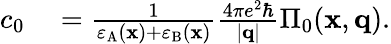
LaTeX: \begin{array}{rl}{c_{0}}&{{}=\frac{1}{\varepsilon_{\mathrm{A}}(\mathbf{x})+\varepsilon_{\mathrm{B}}(\mathbf{x})}\frac{4\pi e^{2}\hbar}{|\mathbf{q}|}\Pi_{0}(\mathbf{x},\mathbf{q}).}\end{array}